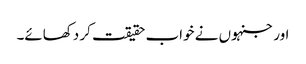
اور جنہوں نے خواب حقیقت کر دکھائے۔